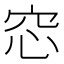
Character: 𥥁